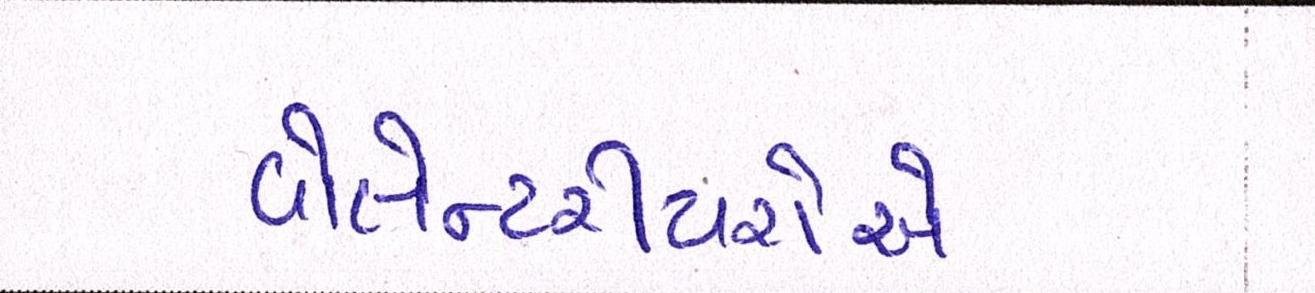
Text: વોલેન્ટરીયરોએ